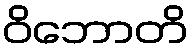
ဝိဘောတိ